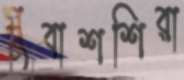
মুবাশশিরা